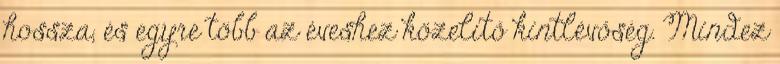
hossza, és egyre több az éveshez közelítő kintlévőség. Mindez